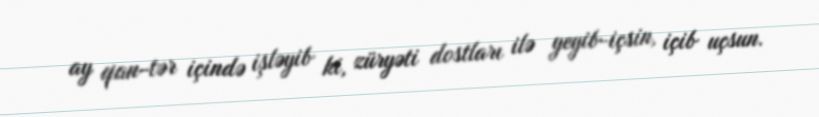
ay qan-tər içində işləyib ki, züryəti dostları ilə yeyib-içsin, içib uçsun.